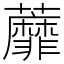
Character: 蘼